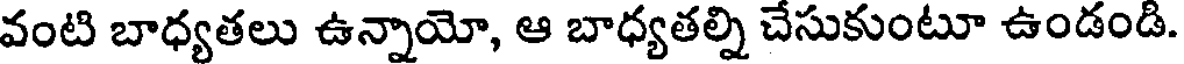
వంటి బాధ్యతలు ఉన్నాయో, ఆ బాధ్యతల్ని చేసుకుంటూ ఉండండి